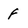
Character: F